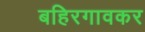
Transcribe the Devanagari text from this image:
बहिरगावकर